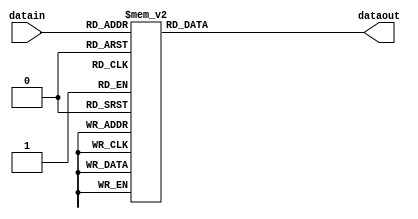
// This program was cloned from: https://github.com/lnis-uofu/OpenFPGA
// License: MIT License

module decoder128(datain,dataout);

input [6:0] datain;
output [127:0] dataout;
reg [127:0] dataout;

always @(datain)

begin

	case (datain)
	
		7'b0000000: dataout  <=  128'h00000000000000000000000000000001;
		7'b0000001: dataout  <=  128'h00000000000000000000000000000002;
		7'b0000010: dataout  <=  128'h00000000000000000000000000000004;
		7'b0000011: dataout  <=  128'h00000000000000000000000000000008;
		7'b0000100: dataout  <=  128'h00000000000000000000000000000010;
		7'b0000101: dataout  <=  128'h00000000000000000000000000000020;
		7'b0000110: dataout  <=  128'h00000000000000000000000000000040;
		7'b0000111: dataout	 <=  128'h00000000000000000000000000000080;
		7'b0001000: dataout  <=  128'h00000000000000000000000000000100;
		7'b0001001: dataout  <=  128'h00000000000000000000000000000200;
		7'b0001010: dataout  <=  128'h00000000000000000000000000000400;
		7'b0001011: dataout  <=  128'h00000000000000000000000000000800;
		7'b0001100: dataout  <=  128'h00000000000000000000000000001000;
		7'b0001101: dataout  <=  128'h00000000000000000000000000002000;
		7'b0001110: dataout  <=  128'h00000000000000000000000000004000;
		7'b0001111: dataout	 <=  128'h00000000000000000000000000008000; 		
    7'b0010000: dataout  <=  128'h00000000000000000000000000010000;
		7'b0010001: dataout  <=  128'h00000000000000000000000000020000;
		7'b0010010: dataout  <=  128'h00000000000000000000000000040000;
		7'b0010011: dataout  <=  128'h00000000000000000000000000080000;
		7'b0010100: dataout  <=  128'h00000000000000000000000000100000;
		7'b0010101: dataout  <=  128'h00000000000000000000000000200000;
		7'b0010110: dataout  <=  128'h00000000000000000000000000400000;
		7'b0010111: dataout  <=  128'h00000000000000000000000000800000;
		7'b0011000: dataout	 <=  128'h00000000000000000000000001000000;
		7'b0011001: dataout  <=  128'h00000000000000000000000002000000;
		7'b0011010: dataout  <=  128'h00000000000000000000000004000000;
		7'b0011011: dataout  <=  128'h00000000000000000000000008000000;
		7'b0011100: dataout  <=  128'h00000000000000000000000010000000;
		7'b0011101: dataout  <=  128'h00000000000000000000000020000000;
		7'b0011110: dataout  <=  128'h00000000000000000000000040000000;
		7'b0011111: dataout  <=  128'h00000000000000000000000080000000;                                        
	  7'b0100000: dataout  <=  128'h00000000000000000000000100000000;                  
	  7'b0100001: dataout  <=  128'h00000000000000000000000200000000;
	  7'b0100010: dataout  <=  128'h00000000000000000000000400000000;
	  7'b0100011: dataout  <=  128'h00000000000000000000000800000000;
	  7'b0100100: dataout  <=  128'h00000000000000000000001000000000;
	  7'b0100101: dataout  <=  128'h00000000000000000000002000000000;
	  7'b0100110: dataout  <=  128'h00000000000000000000004000000000;
	  7'b0100111: dataout  <=  128'h00000000000000000000008000000000;
	  7'b0101000: dataout  <=  128'h00000000000000000000010000000000;
	  7'b0101001: dataout  <=  128'h00000000000000000000020000000000;
	  7'b0101010: dataout  <=  128'h00000000000000000000040000000000;
	  7'b0101011: dataout  <=  128'h00000000000000000000080000000000;
	  7'b0101100: dataout  <=  128'h00000000000000000000100000000000;
	  7'b0101101: dataout  <=  128'h00000000000000000000200000000000;
	  7'b0101110: dataout  <=  128'h00000000000000000000400000000000;
	  7'b0101111: dataout  <=  128'h00000000000000000000800000000000;                                                                  
	  7'b0110000: dataout  <=  128'h00000000000000000001000000000000;
	  7'b0110001: dataout  <=  128'h00000000000000000002000000000000;
	  7'b0110010: dataout  <=  128'h00000000000000000004000000000000;
	  7'b0110011: dataout  <=  128'h00000000000000000008000000000000;
	  7'b0110100: dataout  <=  128'h00000000000000000010000000000000;
	  7'b0110101: dataout  <=  128'h00000000000000000020000000000000;
	  7'b0110110: dataout  <=  128'h00000000000000000040000000000000;
	  7'b0110111: dataout  <=  128'h00000000000000000080000000000000;
	  7'b0111000: dataout  <=  128'h00000000000000000100000000000000;
	  7'b0111001: dataout  <=  128'h00000000000000000200000000000000;
	  7'b0111010: dataout  <=  128'h00000000000000000400000000000000;
	  7'b0111011: dataout  <=  128'h00000000000000000800000000000000;
	  7'b0111100: dataout  <=  128'h00000000000000001000000000000000;                  
	  7'b0111101: dataout  <=  128'h00000000000000002000000000000000;                  
	  7'b0111110: dataout  <=  128'h00000000000000004000000000000000;                  
	  7'b0111111: dataout  <=  128'h00000000000000008000000000000000;                  
	  7'b1000000: dataout  <=  128'h00000000000000010000000000000000;                   
	  7'b1000001: dataout  <=  128'h00000000000000020000000000000000;                   
	  7'b1000010: dataout  <=  128'h00000000000000040000000000000000;
    7'b1000011: dataout  <=  128'h00000000000000080000000000000000;
    7'b1000100: dataout  <=  128'h00000000000000100000000000000000;
    7'b1000101: dataout  <=  128'h00000000000000200000000000000000;
    7'b1000110: dataout  <=  128'h00000000000000400000000000000000;
    7'b1000111: dataout  <=  128'h00000000000000800000000000000000;
    7'b1001000: dataout  <=  128'h00000000000001000000000000000000;
    7'b1001001: dataout  <=  128'h00000000000002000000000000000000;
    7'b1001010: dataout  <=  128'h00000000000004000000000000000000;
    7'b1001011: dataout  <=  128'h00000000000008000000000000000000;
    7'b1001100: dataout  <=  128'h00000000000010000000000000000000;
    7'b1001101: dataout  <=  128'h00000000000020000000000000000000;
    7'b1001110: dataout  <=  128'h00000000000040000000000000000000;
    7'b1001111: dataout  <=  128'h00000000000080000000000000000000;
    7'b1010000: dataout  <=  128'h00000000000100000000000000000000;
    7'b1010001: dataout  <=  128'h00000000000200000000000000000000;
    7'b1010010: dataout  <=  128'h00000000000400000000000000000000;
    7'b1010011: dataout  <=  128'h00000000000800000000000000000000;
    7'b1010100: dataout  <=  128'h00000000001000000000000000000000;
    7'b1010101: dataout  <=  128'h00000000002000000000000000000000;
    7'b1010110: dataout  <=  128'h00000000004000000000000000000000;
    7'b1010111: dataout  <=  128'h00000000008000000000000000000000;
    7'b1011000: dataout  <=  128'h00000000010000000000000000000000;
    7'b1011001: dataout  <=  128'h00000000020000000000000000000000;
    7'b1011010: dataout  <=  128'h00000000040000000000000000000000;
    7'b1011011: dataout  <=  128'h00000000080000000000000000000000;
    7'b1011100: dataout  <=  128'h00000000100000000000000000000000;
    7'b1011101: dataout  <=  128'h00000000200000000000000000000000;
    7'b1011110: dataout  <=  128'h00000000400000000000000000000000;
    7'b1011111: dataout  <=  128'h00000000800000000000000000000000;
    7'b1100000: dataout  <=  128'h00000001000000000000000000000000;
    7'b1100001: dataout  <=  128'h00000002000000000000000000000000;
    7'b1100010: dataout  <=  128'h00000004000000000000000000000000;
    7'b1100011: dataout  <=  128'h00000008000000000000000000000000;
    7'b1100100: dataout  <=  128'h00000010000000000000000000000000;
    7'b1100101: dataout  <=  128'h00000020000000000000000000000000;
    7'b1100110: dataout  <=  128'h00000040000000000000000000000000;
    7'b1100111: dataout  <=  128'h00000080000000000000000000000000;
    7'b1101000: dataout  <=  128'h00000100000000000000000000000000;
    7'b1101001: dataout  <=  128'h00000200000000000000000000000000;
    7'b1101010: dataout  <=  128'h00000400000000000000000000000000;
    7'b1101011: dataout  <=  128'h00000800000000000000000000000000;
    7'b1101100: dataout  <=  128'h00001000000000000000000000000000;
    7'b1101101: dataout  <=  128'h00002000000000000000000000000000;
    7'b1101110: dataout  <=  128'h00004000000000000000000000000000;
    7'b1101111: dataout  <=  128'h00008000000000000000000000000000;
    7'b1110000: dataout  <=  128'h00010000000000000000000000000000;
    7'b1110001: dataout  <=  128'h00020000000000000000000000000000;
    7'b1110010: dataout  <=  128'h00040000000000000000000000000000;
    7'b1110011: dataout  <=  128'h00080000000000000000000000000000;
    7'b1110100: dataout  <=  128'h00100000000000000000000000000000;
    7'b1110101: dataout  <=  128'h00200000000000000000000000000000;
    7'b1110110: dataout  <=  128'h00400000000000000000000000000000;
    7'b1110111: dataout  <=  128'h00800000000000000000000000000000;
    7'b1111000: dataout  <=  128'h01000000000000000000000000000000;
    7'b1111001: dataout  <=  128'h02000000000000000000000000000000;
    7'b1111010: dataout  <=  128'h04000000000000000000000000000000;
    7'b1111011: dataout  <=  128'h08000000000000000000000000000000;
    7'b1111100: dataout  <=  128'h10000000000000000000000000000000;
    7'b1111101: dataout  <=  128'h20000000000000000000000000000000;
    7'b1111110: dataout  <=  128'h40000000000000000000000000000000;
    7'b1111111:  dataout  <=  128'h80000000000000000000000000000000;
    
    
    
    default: dataout<=128'h0;
		endcase
end
endmodule